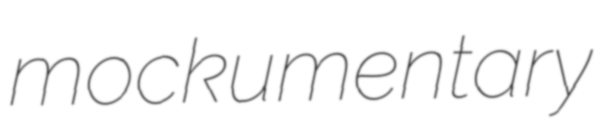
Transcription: mockumentary